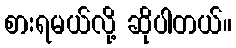
စားရမယ်လို့ ဆိုပါတယ်။